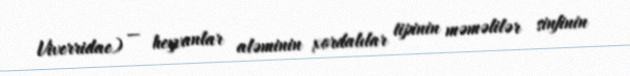
Viverridae) — heyvanlar aləminin xordalılar tipinin məməlilər sinfinin